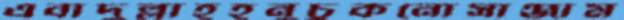
এবাদুল্লাহহনুচুকনোসাঞ্জাম